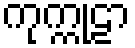
ကုက္ကုဠာ